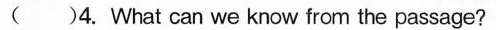
( )4. What can we know from the passage?